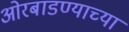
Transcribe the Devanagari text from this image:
ओरबाडण्याच्या